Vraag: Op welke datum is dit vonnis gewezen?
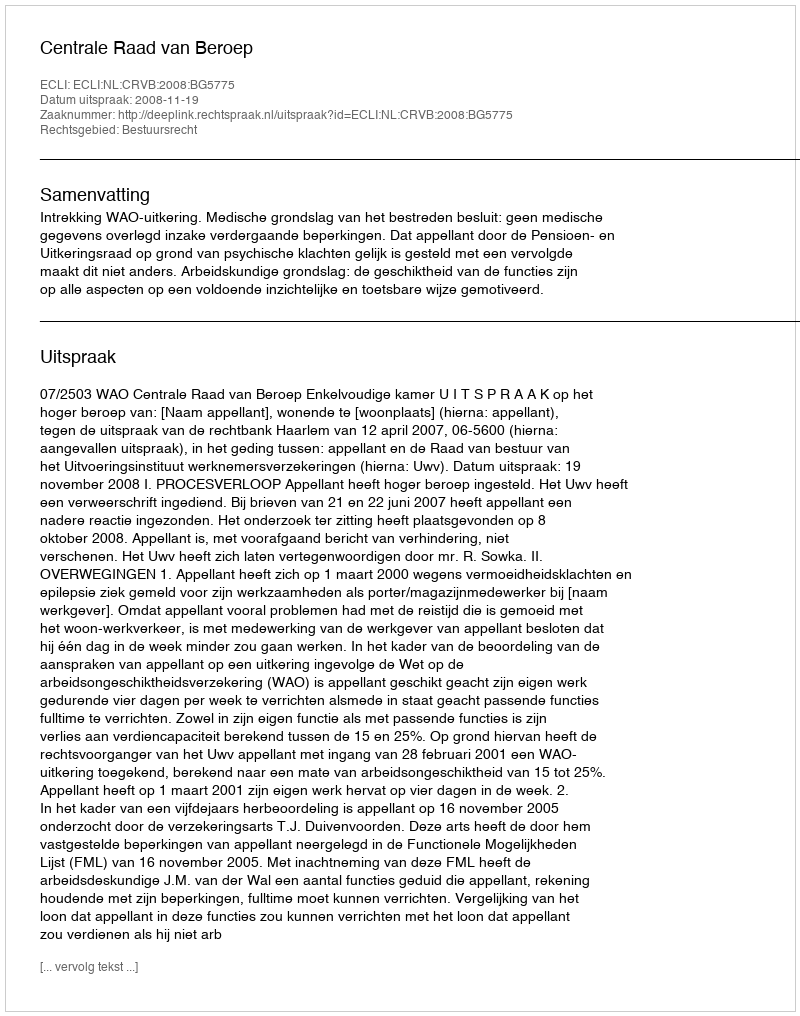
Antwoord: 2008-11-19